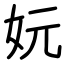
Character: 妧